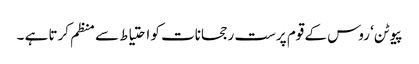
پیوٹن‘ روس کے قوم پرست رجحانات کو احتیاط سے منظم کرتا ہے ۔